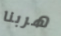
هربنا